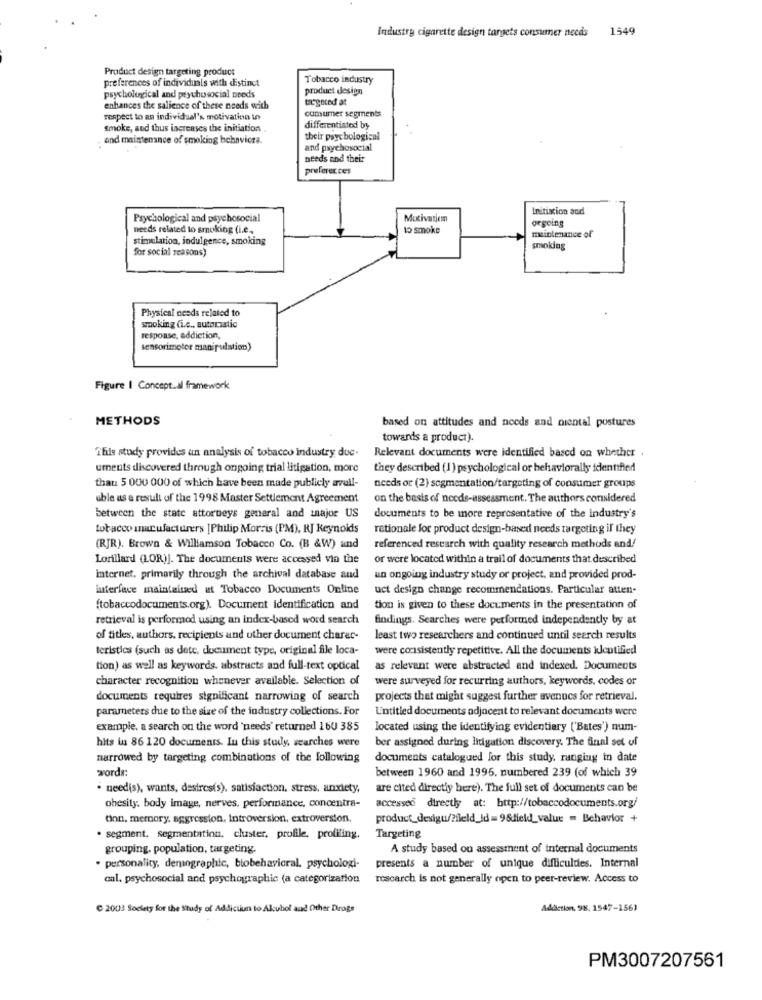
Industry cigarette design targets consumer needs 1549
Product design targeting product
preferences of individuals with distinct
Tobacco industry
product design
psychological and psychosocial needs
targeted at
enhances the salience of these needs with
consumer segments
respect to an individual's motivation in
Smoke, and thus increases the initiation .
differentiated by
and maintenance of smoking behaviors.
their psychological
and psychosocial
needs and their
preferences
Initiation and
Psychological and psychosocial
Motivation
orgoing
needs related to smoking (i.e.
to smoke
maintenance of
stimulation, indulgence, smoking
for social reasons)
smoking
Physical needs related to
smoking (i.c ., automatic
response, addiction,
sensorimotor manipulation)
Figure | Conceptual framework
METHODS
based on attitudes and needs and niental postures
towards a product).
This study provides an analysis of tobacco industry due-
Relevant documents were identified based on whether .
uments discovered through ongoing trial litigation, more
they described (1 ) psychological or behaviorally identified
that: 5 000 000 of which have been made publicly avull-
needs or (2) segmentation/targeting of consumer groups
uble as a result of the 1998 Master Settlement Agreement
on the basis of needs-assessment. The authors considered
between the state attorneys general and mnajor US
documents to be more representative of the industry's
tobacco inur ufacturers | Philip Morris (PM), RJ Reynolds
rationale for product design-based needs targeting il they
(RJR). Brown & Williamson Tobacco Co. (B &W) und
referenced research with quality research methods and!
Lorillard (LOR)]. The documents were accessed via the
or were located within a trail of documents that described
internet, primarily through the archival database and
un ongoing industry study or project. and provided prod-
interface maintained at Tobacco Documents Online
uct design change recommendations. Particular atten-
(tobaccodocuments.org). Document identification and
tion is given to these documents in the presentation of
retrieval is performed using an index-based word search
findings. Searches were performed independently by at
of titles, authors, recipients and other document charat-
least two researchers and continued until seerch results
teristics (such as dete, document type, original file loca-
were consistently repetitive. All the documents icotified
tion) as well as keywords, abstracts and full-text optical
as relevant were abstracted and indexed. Documents
character recognition whenever available. Selection of
were surveyed for recurring authors, keywords, codes or
documents requires significant narrowing of search
projects that might suggest further avenucs for retrieval.
parameters due to the size of the industry collections. For
L'intitled documents adjacent to relevant documents were
example, a search on the word 'needs' returned 160 385
located using the identifying evidentiary ['Bates') num-
ber assigned during litigation discovery. The final set of
hits tua 86 120 documents. In this study, searches were
narrowed by targeting combinations of the following
documents catalogued for this study, ranging in date
words:
between 1960 and 1995. numbered 239 (of which 39
· needis), wants, destres(s), satisfaction, stress, anxiety,
are cited directly here). The full set of documents can be
obesity, body image, nerves, performance, concentra-
accessed directly at: http://tobaccodocuments.org/
tinn. memory. aggression, Introversion, extroversion.
product_desigu/?feld_id = 9&field_value = Behavior +
· segment, segmentation, cluster, profile, profiling.
Targeting
grouping, population, targeting.
A study based ou assessment of internal documents
· personality, demographic, biobehavioral, psychologi-
presents a number of unique difficuldes. Internal
cal. psychosocial and psychographic (a categorization
rescarch is not generally open to peer-review. Access to
C 2003 Society for the Study of Addictun to Akubol and Other Drags
Addiction, 98, 1547-1561
PM3007207561